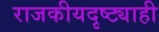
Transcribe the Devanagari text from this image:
राजकीयदृष्ट्याही